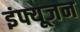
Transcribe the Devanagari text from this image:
इंफ्यूजन